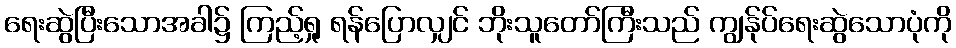
ရေးဆွဲပြီးသောအခါ၌ ကြည့်ရှု ရန်ပြောလျှင် ဘိုးသူတော်ကြီးသည် ကျွန်ုပ်ရေးဆွဲသောပုံကို